system: You are a helpful assistant.
user:
Analyze the provided spectrum to determine if it is a **Carbon Star (C-type)**.

- **Key Visual Indicators of Carbon Star:**
    - **(Primary):** Strong molecular absorption from **C₂ (diatomic carbon) "Swan Bands."** This is the **defining feature** of a carbon star.
        - **(Key Bandheads):** Sharp absorption edges are visible at approximately $5635$ Å, $5165$ Å (the strongest band), and $4737$ Å.
        - **(Line Profile):** Creates a distinct **"saw-tooth"** pattern. The key morphology is a sharp, steep bandhead on the **red (long-wavelength) side**, which then gradually tapers off (i.e., flux recovers) towards the **blue (short-wavelength) side**. *(This is the direct opposite of the TiO bands seen in M-type stars)*.

    - **(Secondary):** Intense **CN (cyanogen)** molecular absorption bands.
        - **(Key Bandheads):** Located in the blue and violet regions of the spectrum (e.g., near $4215$ Å and $3883$ Å).
        - **(Morphology):** These bands are extremely broad and act as a "blanket," absorbing the vast majority of blue and violet light. This creates a characteristic **"cliff"** or **"steep drop-off"** in the spectrum's flux at short wavelengths.

    - **(Key Confirmation):** Strong **CH absorption band (G-band)**.
        - **(Key Bandhead):** Located around $4300$ Å. The contribution from CH molecules to this band is exceptionally strong.

    - **(Overall Spectrum):**
        - The continuum is severely "chopped up" by these deep molecular bands, especially C₂, rather than appearing as a smooth curve.
        - Due to the heavy CN and C₂ absorption in the blue-green, the vast majority of the star's flux is concentrated in the red part of the spectrum, giving the star its characteristic deep red color.

Think first, call **spectral_visualization_tool** if needed to examine features in detail, then provide your final answer. Your response must adhere to the following strict rules:
1.  **Overall Structure:** Your response must follow the format `<think>...</think> <tool_call>...</tool_call> (if a tool is used) <answer>...</answer>`.
2.  **Tool Usage Constraint:** You may only make **one** tool call per turn.
3.  **Final Answer Format:** In the `<answer>` tag, your conclusion must be inside a `\boxed{}` command (e.g., `\boxed{YES}`), followed by your justification.

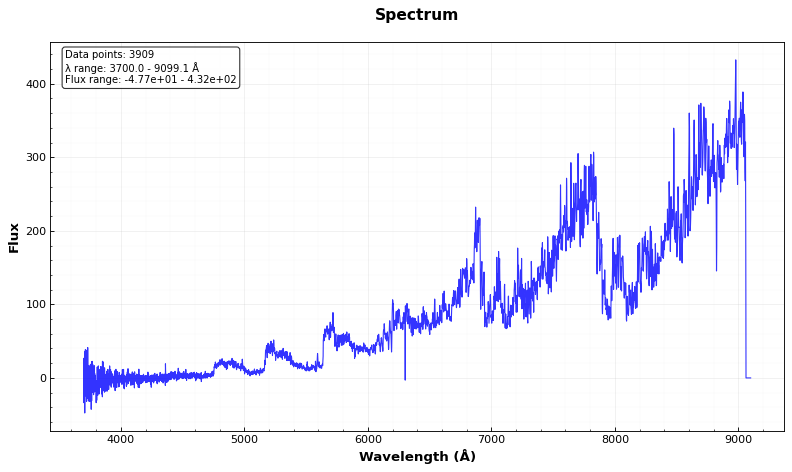
Answer: YES